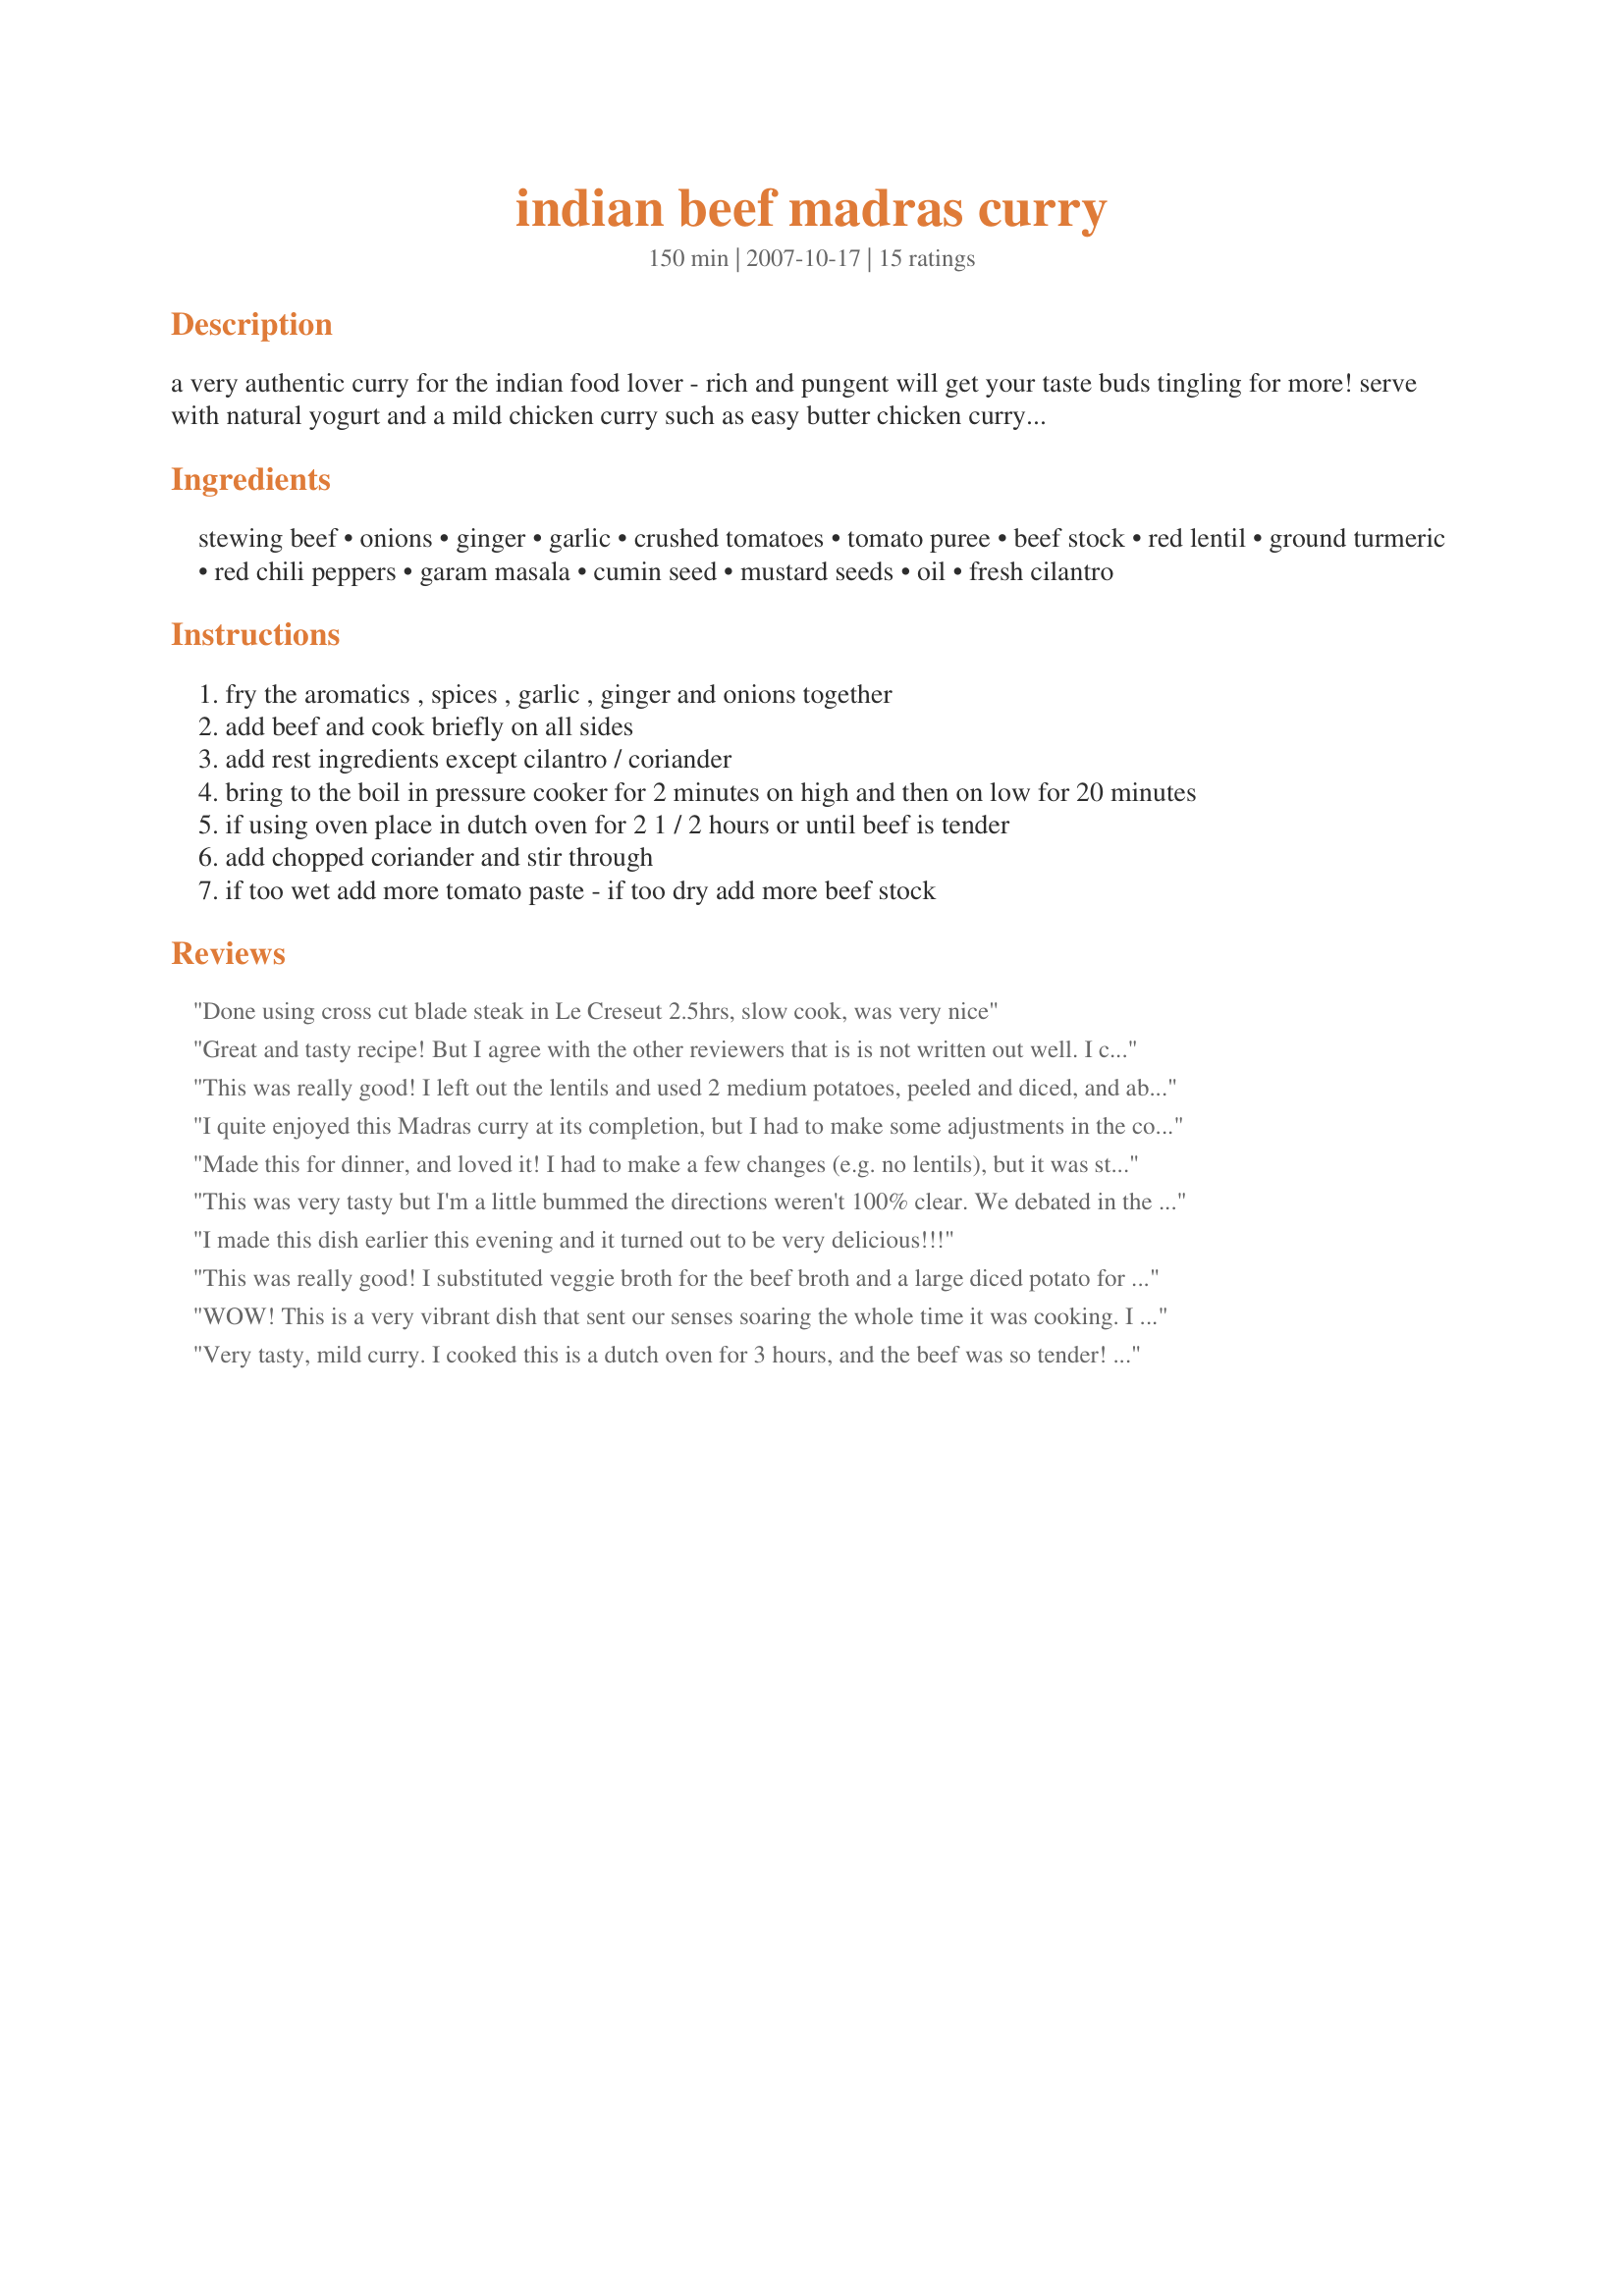
indian beef madras curry
Preparation time: 150 minutes

a very authentic curry for the indian food lover - rich and pungent will get your taste buds tingling for more! serve with natural yogurt and a mild chicken curry such as easy butter chicken curry to balance flavors.

Ingredients:
stewing beef, onions, ginger, garlic, crushed tomatoes, tomato puree, beef stock, red lentil, ground turmeric, red chili peppers, garam masala, cumin seed, mustard seeds, oil, fresh cilantro

Steps:
fry the aromatics , spices , garlic , ginger and onions together
add beef and cook briefly on all sides
add rest ingredients except cilantro / coriander
bring to the boil in pressure cooker for 2 minutes on high and then on low for 20 minutes
if using oven place in dutch oven for 2 1 / 2 hours or until beef is tender
add chopped coriander and stir through
if too wet add more tomato paste - if too dry add more beef stock

Reviews:
Done using cross cut blade steak in Le Creseut 2.5hrs, slow cook, was very nice
Great and tasty recipe! But I agree with the other reviewers that is is not written out well. I cooked mine in a dutch oven for 2.5 hours at 200c.I had to guess the temp of oven because you left out that info! Still a really good recipe hands down! Thanks!
This was really good! I left out the lentils and used 2 medium potatoes, peeled and diced, and about 2/3 c frozen peas. I also fried the whole spices and the chili peppers before adding the onion and other things to fry in the beginning. The timing was perfect for my pressure cooker. I think this will become my staple beef curry recipe for when my Indian hubby gets sick of American food (again,lol)
I quite enjoyed this Madras curry at its completion, but I had to make some adjustments in the cooking. I sampled the sauce part-way through the cooking, and it was much too mild for me, so I doubled the spices, ginger, garlic and peppers. That was just the right amount, and the curry was delicious.
Made this for dinner, and loved it! I had to make a few changes (e.g. no lentils), but it was still yummy.
I used my pressure cooker as per instructions. Then I added some veggies (carrots, potatoes and pumpkin) and pressure cooked on high for a further 5 minutes. Let the pressure drop on its own.
It was a very tasty curry, quite mild. I loved how tender the beef was. Many thanks.
This was very tasty but I'm a little bummed the directions weren't 100% clear. We debated in the forums whether or not this was supposed to be cooked on the stove with a dutch oven or actually IN the oven (in the DO). I went with in the oven, 350 for about 2 hours, and the beef was deliciously tender. Flavors were good, but very mild. Next time I'd probably use green chiles and a bit of salt. Thanks Lil!
I made this dish earlier this evening and it turned out to be very delicious!!!
This was really good! I substituted veggie broth for the beef broth and a large diced potato for the beef to make it vegetarian. I cooked it in my rice cooker and ran it through two cycles (about 40 minutes maybe?) to cook it all the way through. I love the spices and can't think of a thing I would change beyond what I already did.
WOW! This is a very vibrant dish that sent our senses soaring the whole time it was cooking. I used the crock pot approach to my recipe and it turned out wonderful! We wil be making this over and over again! Thank you Lil Ms Tropical!
Very tasty, mild curry. I cooked this is a dutch oven for 3 hours, and the beef was so tender! I liked the addition of lentils. It gives the curry such a smooth flavour. Thanks for posting! Made for PAC Fall 2009.
I just made this for dinner and it was awesome! Thanks for the great Recipe, it was like eating at my fav indian restaurant.
I have made this recipe many times, both in the pressure cooker or slowly in a stove top pot. Either way, it turns out delicious. I must say that when using the pressure cooker, I worry that the lentils will catch on the bottom (since you can&#039;t stir regularly) and so I add the lentils after I have depressurized the cooker. They only take 20 minutes or so to cook and I can keep an eye on things while they soak up the extra liquid. Today, I will experiment with a slow cooker. By the way, I always use beef cheeks for this curry and I have not tasted a better beef curry at an Indian restaurant.
My family loves this recipe! Easy to make & a nice mild curry. My husband adds minced serranos to his for extra heat
A very tasty mild curry, I loved the addition of red lentils..it thickened the curry nicely. I used my LeCrueset Dutch Oven and cooked for about 2 hours. I subbed tomato paste for the puree and mistakinly used cumin powder instead of seed. Mmmm...Fantastic!
This gets 4 stars for flavor and ease of making in the pressure cooker (I am always looking for new ways to use my pressure cooker). Served it over steamed rice. I would have given 5 stars, but, as a previous reviewer mentioned, the recipe is not well written. The ingredient list is out of order (pet peeve of mine) and wasn't sure what the "aromatics" were, since it also says to cook the spices, garlic and onion together. Remember, not everyone is an experienced cook, and instructions should be detailed to help them better. :)
